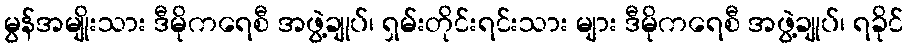
မွန်အမျိုးသား ဒီမိုကရေစီ အဖွဲ့ချုပ်၊ ရှမ်းတိုင်းရင်းသား များ ဒီမိုကရေစီ အဖွဲ့ချုပ်၊ ရခိုင်